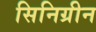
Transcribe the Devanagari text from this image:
सिनिग्रीन